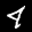
Label: 4